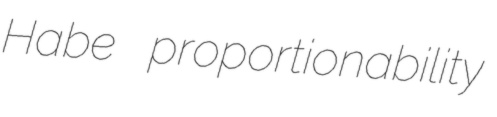
Habe proportionability